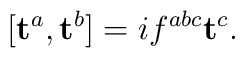
[\mathbf{t}^a,\mathbf{t}^b] = i f^{abc} \mathbf{t}^c.